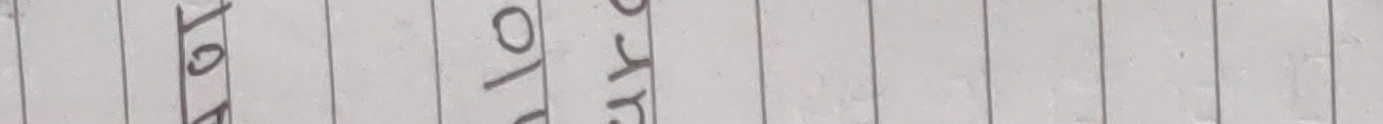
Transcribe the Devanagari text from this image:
युरो